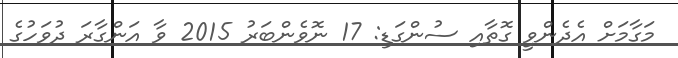
މަގާމަށް އެދެންވީ ގޮތާއި ސުންގަޑި: 17 ނޮވެންބަރު 2015 ވާ އަންގާރަ ދުވަހުގެ